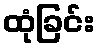
ထုံခြင်း